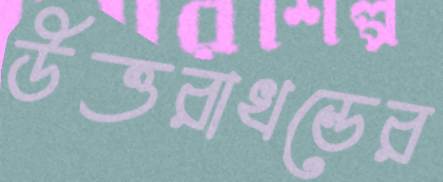
উত্তরাখন্ডের